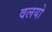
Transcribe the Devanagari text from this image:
वलयो